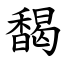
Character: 馤